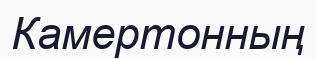
Камертонның